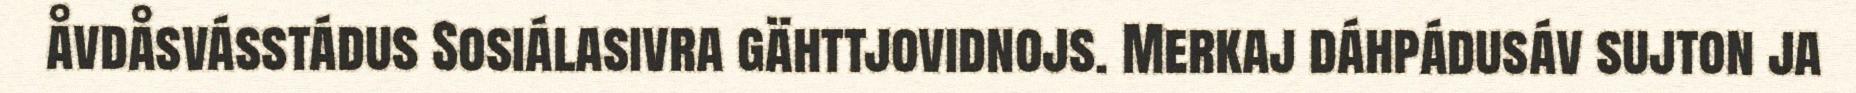
åvdåsvásstádus Sosiálasivra gähttjovidnojs. Merkaj dáhpádusáv sujton ja